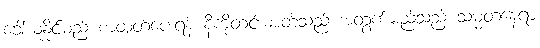
ခေါ်ယူနိုင်မည့် စာထုတ်ပေးရန် နီကိုတင်းဓာတ်သည် အတွက်မည်သည့် သမ္မတနေရာ